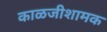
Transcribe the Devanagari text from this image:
काळजीशामक